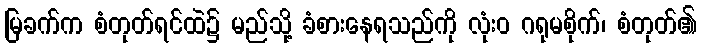
မြခက်က စံတုတ်ရင်ထဲ၌ မည်သို့ ခံစားနေရသည်ကို လုံးဝ ဂရုမစိုက်၊ စံတုတ်၏